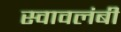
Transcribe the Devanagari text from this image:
स्‍वावलंबी